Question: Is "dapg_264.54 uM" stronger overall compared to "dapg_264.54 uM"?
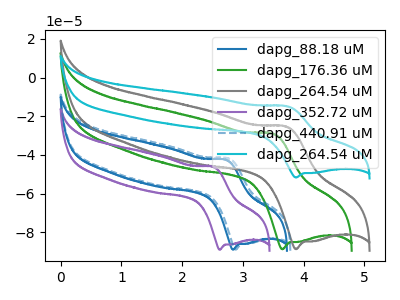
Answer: <think>The blue curve "dapg_88.18 uM" has an anodic peak at (2.70V, -42.60uA) and a cathodic peak at (2.85V, -89.00uA). The green curve "dapg_176.36 uM" has an anodic peak at (3.50V, -29.15uA) and a cathodic peak at (3.65V, -88.85uA). The gray curve "dapg_264.54 uM" has an anodic peak at (3.70V, -25.45uA) and a cathodic peak at (3.90V, -88.80uA). The purple curve "dapg_352.72 uM" has an anodic peak at (2.50V, -46.25uA) and a cathodic peak at (2.60V, -89.05uA). The blue dashed curve "dapg_440.91 uM" has an anodic peak at (2.75V, -41.90uA) and a cathodic peak at (2.90V, -89.00uA). The cyan curve "dapg_264.54 uM" has an anodic peak at (3.70V, -14.85uA) and a cathodic peak at (3.90V, -51.70uA).
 All the peaks in "dapg_264.54 uM" have a peak in "dapg_264.54 uM" at the same potential.</think>
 <answer>I cant tell if "dapg_264.54 uM" or "dapg_264.54 uM" has more signal.</answer>
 <eval>mixed_signal</eval>